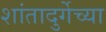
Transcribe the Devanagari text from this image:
शांतादुर्गेच्या